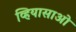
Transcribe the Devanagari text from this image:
व्हियासाओ